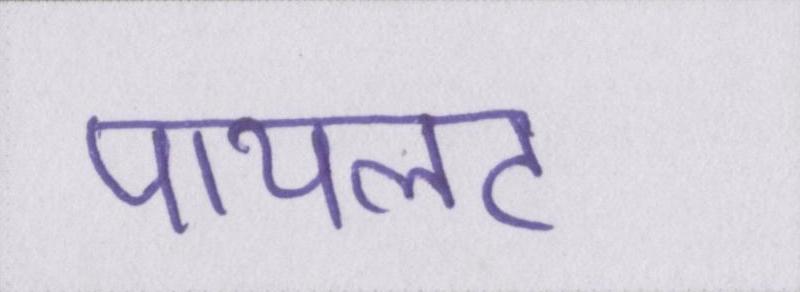
पायलट